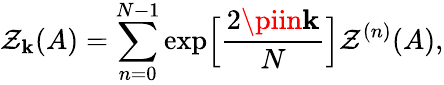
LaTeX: {\cal\mathcal{Z}}_{\mathbf{k}}(A)=\sum_{n=0}^{N-1}\exp\Bigl[\frac{{2\piin\mathbf{k}}}{{N}}\Bigr]{\cal\mathcal{Z}}^{(n)}(A),